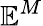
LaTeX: \mathbb{E}^{M}